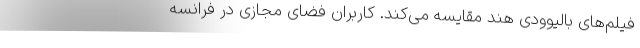
فیلم‌های بالیوودی هند مقایسه می‌کند. کاربران فضای مجازی در فرانسه